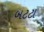
બટટા